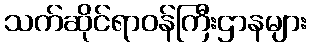
သက်ဆိုင်ရာဝန်ကြီးဌာနများ